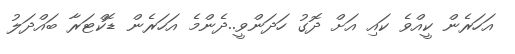
އަހަރެން ކީއްވެ ކައި އަށް ދޮގު ހަދަންވީ..ދެންމެ އަހަރެން ޑޮކްޓަރާ ބައްދަލު